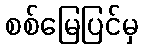
စစ်မြေပြင်မှ